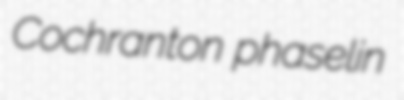
Cochranton phaselin